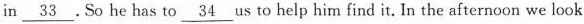
in \underline{33}. So he has to \underline{34} us to help him find it. In the afternoon we look